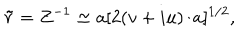
LaTeX: \tilde { r } = Z ^ { - 1 } \simeq a [ 2 ( v + i u ) / a ] ^ { 1 / 2 } ,